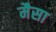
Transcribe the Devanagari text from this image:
मैसा